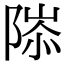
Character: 䧙